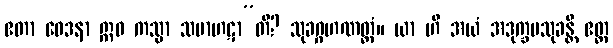
ဧတာ ဝေဒနာ ဣဓ ကသ္မာ သမာဟဋာ”တိ? သုခဂ္ဂဟဏတ္ထံ။ ယာ ဟိ အယံ အဒုက္ခမသုခန္တိ ဧတ္ထ